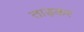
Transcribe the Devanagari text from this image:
ताड़कर